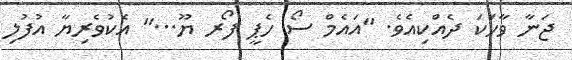
ޖަނާ ވާހަކަ ދެއްކިއެވެ. ''އައެމް ސޯ ހެޕީ ފޯރ ޔޫ...'' އެކުވެރިޔާ އުފުލި